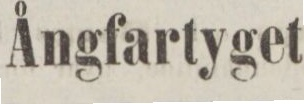
Ångfartyget